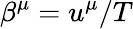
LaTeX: \beta^{\mu}=u^{\mu}/T